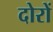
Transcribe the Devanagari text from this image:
दोरों